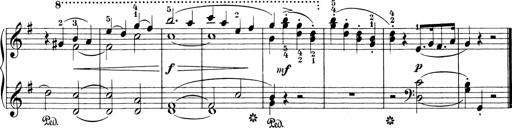
Title: Sonatinen Op.47, 98 und 136, nebst 6 Liedersonatinen
Composer: Carl Reinecke